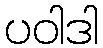
ပဝါဒါ